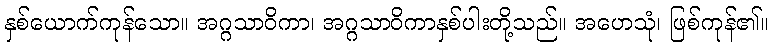
နှစ်ယောက်ကုန်သော။ အဂ္ဂသာဝိကာ၊ အဂ္ဂသာဝိကာနှစ်ပါးတို့သည်။ အဟေသုံ၊ ဖြစ်ကုန်၏။